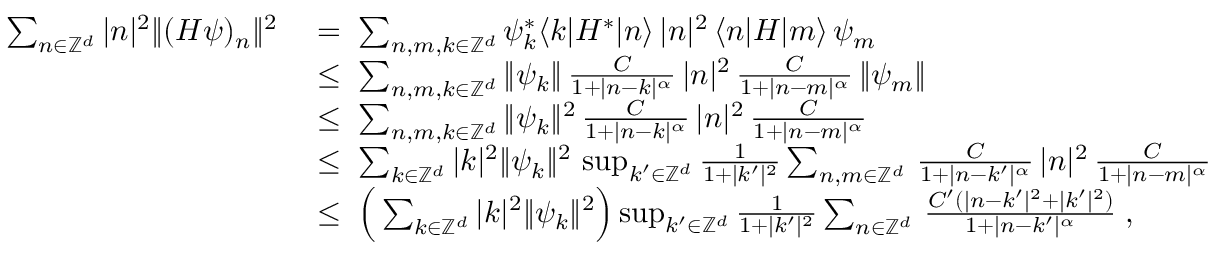
\begin{array} { r l } { \sum _ { n \in { \mathbb Z } ^ { d } } | n | ^ { 2 } \| ( H \psi ) _ { n } \| ^ { 2 } } & { \; = \; \sum _ { n , m , k \in { \mathbb Z } ^ { d } } \psi _ { k } ^ { * } \langle k | H ^ { * } | n \rangle \, | n | ^ { 2 } \, \langle n | H | m \rangle \, \psi _ { m } } \\ & { \; \leq \; \sum _ { n , m , k \in { \mathbb Z } ^ { d } } \| \psi _ { k } \| \, \frac { C } { 1 + | n - k | ^ { \alpha } } \, | n | ^ { 2 } \, \frac { C } { 1 + | n - m | ^ { \alpha } } \, \| \psi _ { m } \| } \\ & { \; \leq \; \sum _ { n , m , k \in { \mathbb Z } ^ { d } } \| \psi _ { k } \| ^ { 2 } \, \frac { C } { 1 + | n - k | ^ { \alpha } } \, | n | ^ { 2 } \, \frac { C } { 1 + | n - m | ^ { \alpha } } } \\ & { \; \leq \; \sum _ { k \in { \mathbb Z } ^ { d } } | k | ^ { 2 } \| \psi _ { k } \| ^ { 2 } \, \operatorname* { s u p } _ { k ^ { \prime } \in { \mathbb Z } ^ { d } } \frac { 1 } { 1 + | k ^ { \prime } | ^ { 2 } } \sum _ { n , m \in { \mathbb Z } ^ { d } } \, \frac { C } { 1 + | n - k ^ { \prime } | ^ { \alpha } } \, | n | ^ { 2 } \, \frac { C } { 1 + | n - m | ^ { \alpha } } } \\ & { \; \leq \; \Big ( \sum _ { k \in { \mathbb Z } ^ { d } } | k | ^ { 2 } \| \psi _ { k } \| ^ { 2 } \Big ) \operatorname* { s u p } _ { k ^ { \prime } \in { \mathbb Z } ^ { d } } \frac { 1 } { 1 + | k ^ { \prime } | ^ { 2 } } \sum _ { n \in { \mathbb Z } ^ { d } } \, \frac { C ^ { \prime } ( | n - k ^ { \prime } | ^ { 2 } + | k ^ { \prime } | ^ { 2 } ) } { 1 + | n - k ^ { \prime } | ^ { \alpha } } \; , } \end{array}